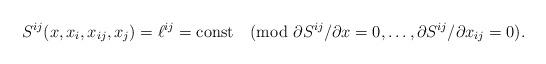
LaTeX: \begin{align*}S^{ij}(x,x_i,x_{ij},x_j)=\ell^{ij}=\mathrm{const} \pmod{\partial S^{ij}/\partial x=0,\ldots,\partial S^{ij}/\partial x_{ij}=0}.\end{align*}